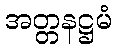
အတ္တနဋ္ဌမံ